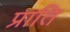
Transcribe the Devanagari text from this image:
प्राति